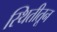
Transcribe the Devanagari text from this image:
स्थितीतून